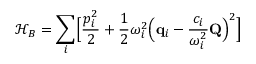
\mathcal { H } _ { B } = \sum _ { i } \Bigl [ \frac { p _ { i } ^ { 2 } } { 2 } + \frac { 1 } { 2 } \omega _ { i } ^ { 2 } \Bigl ( \mathbf { { q } } _ { i } - \frac { c _ { i } } { \omega _ { i } ^ { 2 } } \mathbf { { Q } } \Bigr ) ^ { 2 } \Bigr ]